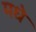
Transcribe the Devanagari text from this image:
मधे